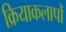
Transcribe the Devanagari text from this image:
क्रियाकलापोँ